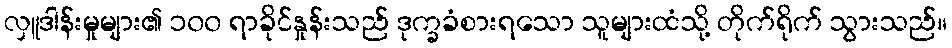
လှူဒါန်းမှုများ၏ ၁၀၀ ရာခိုင်နှုန်းသည် ဒုက္ခခံစားရသော သူများထံသို့ တိုက်ရိုက် သွားသည်။